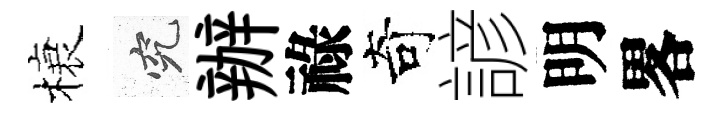
榱究辦祿奇諺明畧